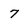
Character: 7